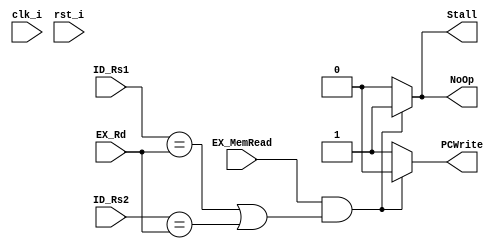
module Hazard_Detection_Unit (

         clk_i,
         rst_i,

         ID_Rs1,
         ID_Rs2,
         EX_Rd,
         EX_MemRead,

         NoOp,
         PCWrite,
         Stall,
       );

input [4:0] ID_Rs1,ID_Rs2, EX_Rd;
input EX_MemRead;
input rst_i, clk_i;

output reg NoOp, PCWrite, Stall;

always @(ID_Rs1 or ID_Rs2 or EX_Rd or EX_MemRead)
  begin
    // stall due to load
    if (EX_MemRead && (ID_Rs1 == EX_Rd || ID_Rs2 == EX_Rd))
      begin
        NoOp <= 1;
        PCWrite <= 0;
        Stall <= 1;
      end
    else
      begin
        NoOp <= 0;
        PCWrite <= 1;
        Stall <= 0;
      end
  end

endmodule